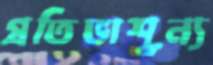
প্রতিভাশূন্য